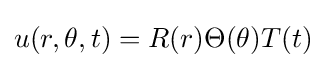
u(r,\theta ,t)=R(r)\Theta (\theta )T(t)